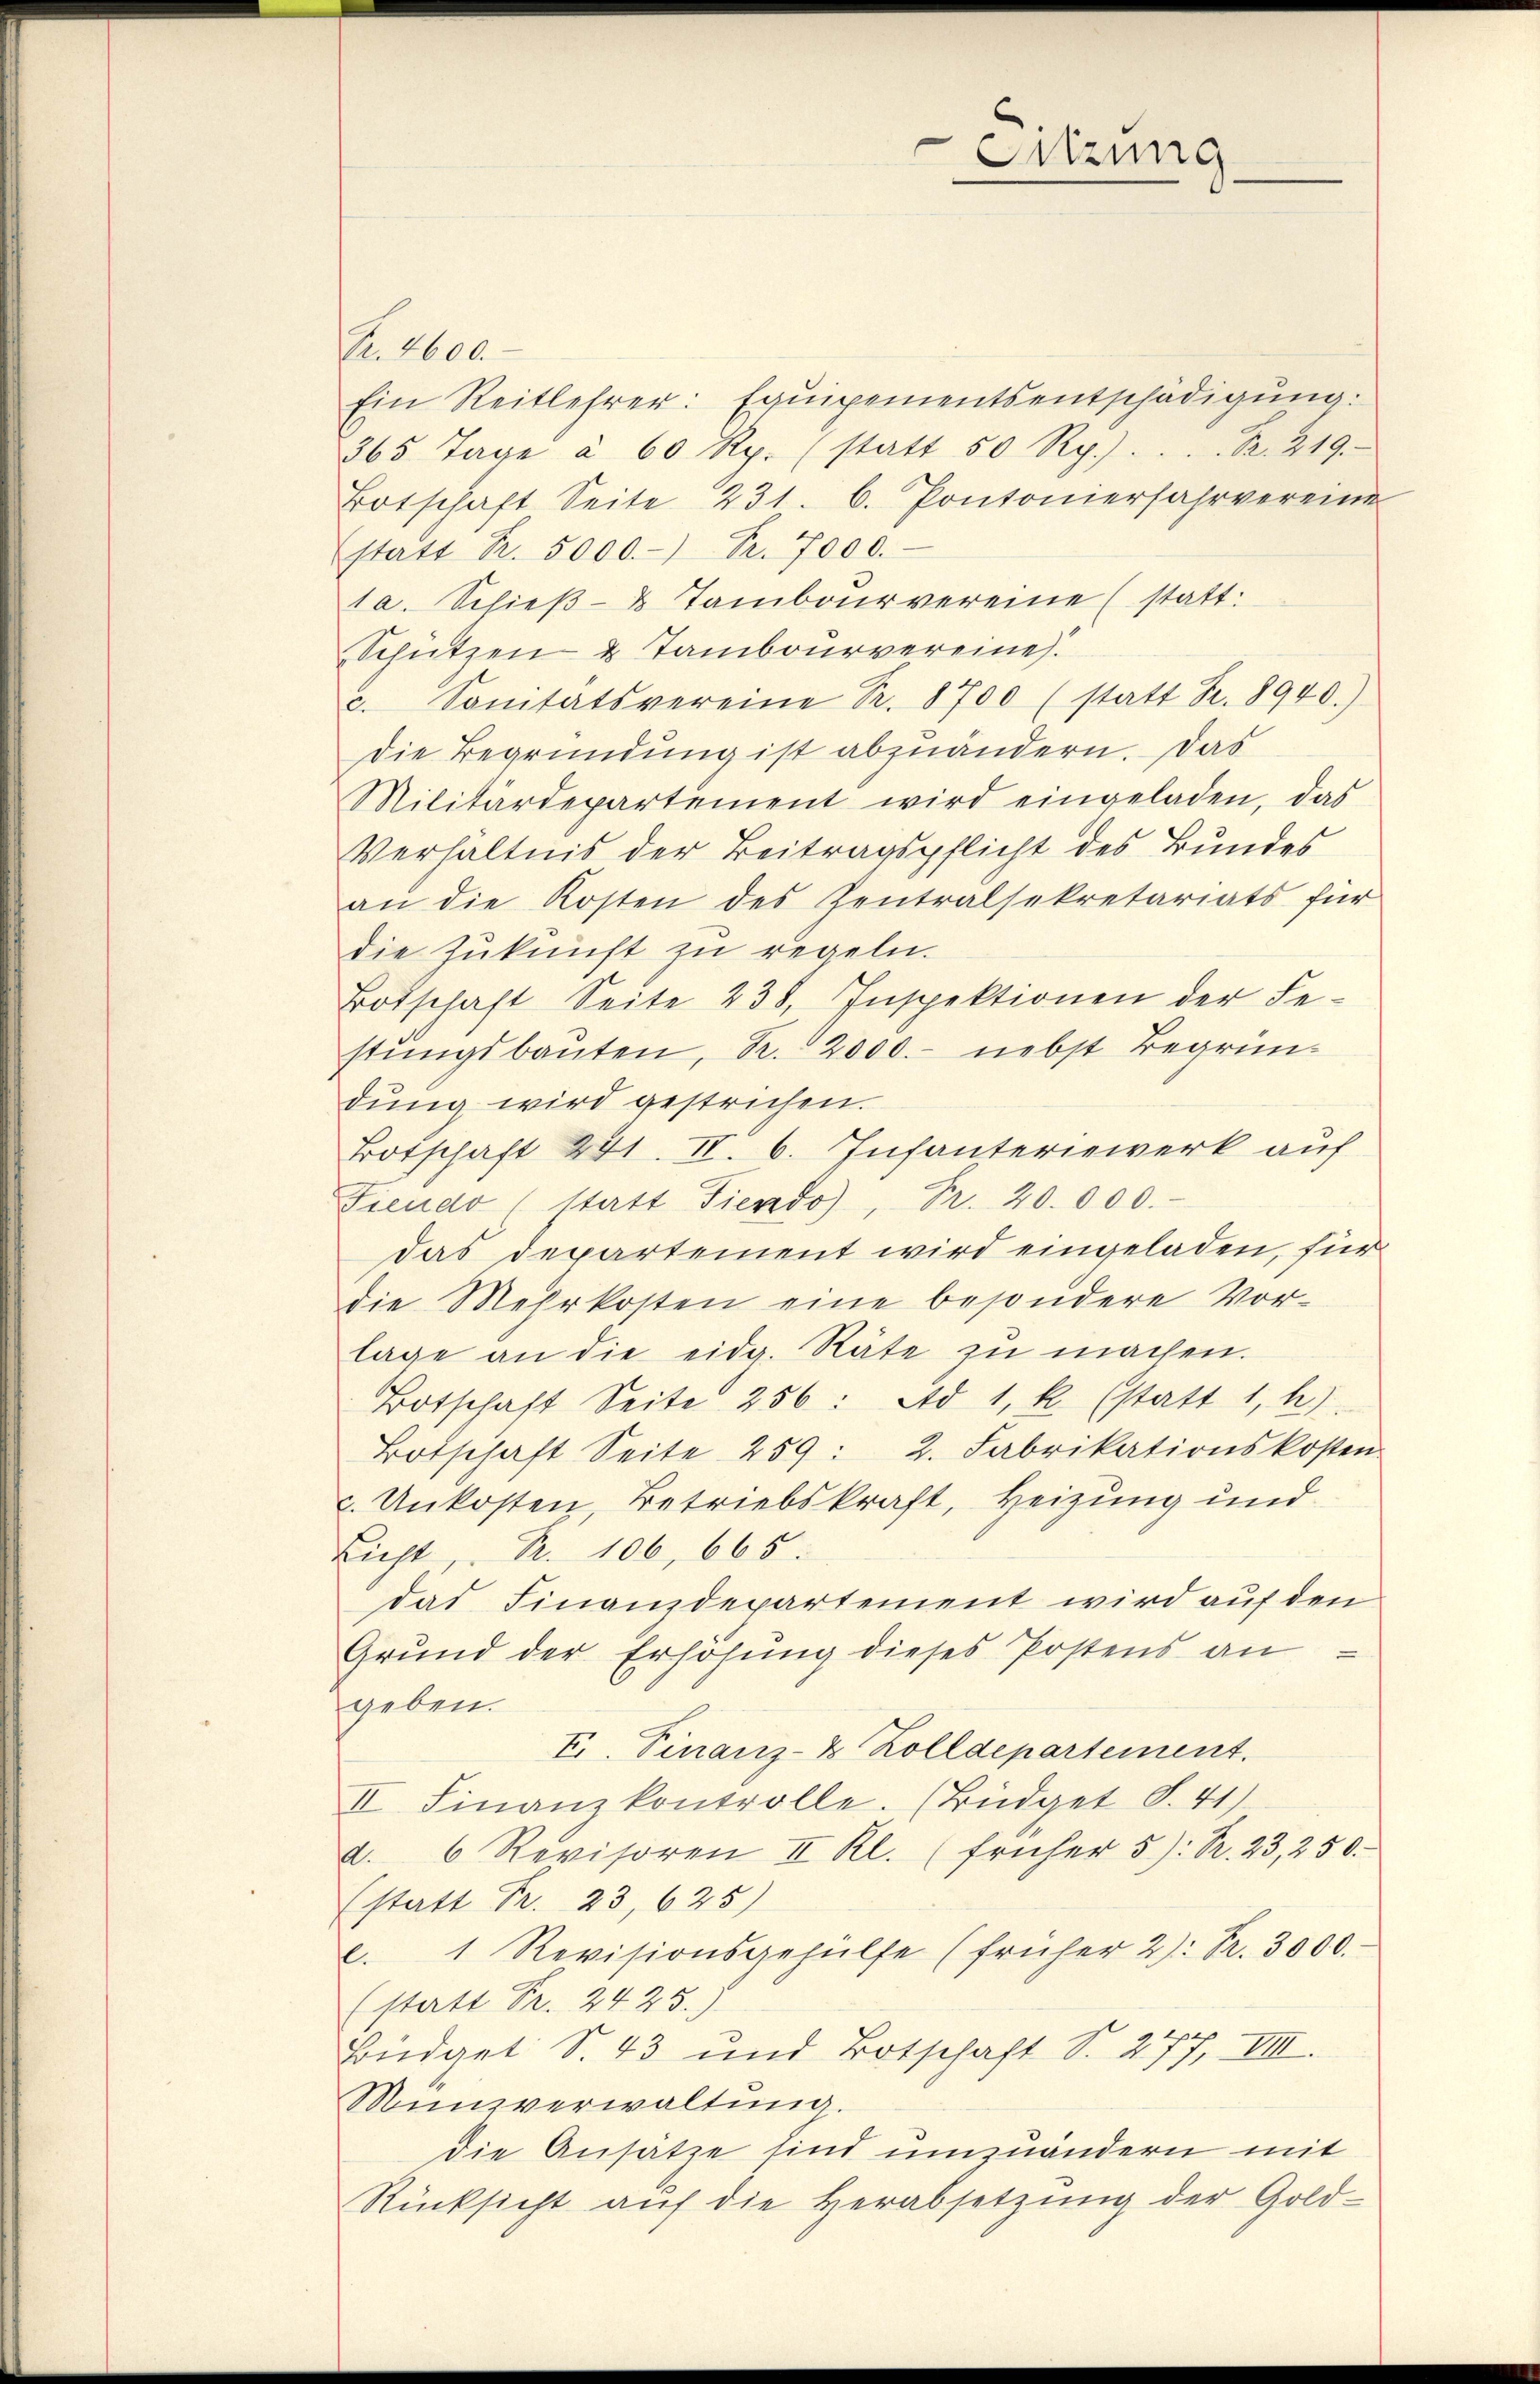
Sitzung

. 2600
Ein Reitlehrer: Equipementsentschädigung:
365 Tage à 60 Rp. (statt 50 Rp.) . . . . Fr. 219.
Botschaft Seite 231. 6. Pontonierfahrvereine
statt Nr. 5000.- Fr. 7000.
1a. Schieß- & Tambourvereine (statt:
Schützen & Tambourvereine.
c. Sanitätsvereine S. 8700 (statt Fr. 8940.)
die Begründung ist abzuändern. Das
Militärdepartement wird eingeladen, das
Verhältnis der Beitragspflicht des Bundes
an die Kosten des Zentralsekretariats für
die Zukunft zu regeln.
Botschaft Seite 238, Inspektionen der Fe-
stŭngsbaŭten, R. 2000.- nebst Begründŭng wird gestrichen.
Botschaft 241. II. 6. Infanteriewerk auf
Fieudo (statt Tiendo), Fr. 20.000.
das Departement wird eingeladen, für
die Mehrkosten eine besondere Vor-
lage an die eidg. Räte zŭ machen.
Botschaft Seite 256: Ad 1. k. (statt 1, h)
Botschaft Seite 259: 2. Fabrikationskosten
c. Unkosten, Betriebskraft, Heizung und
Licht, Pr. 106, 665.
das Finanzdepartement wird auf den
Grŭnd der Erhöhŭng dieses Postens an
geben.
E. Finanz-Z Zolldepartement.
II. Finanzkontrolle. (Büdget S. 41)
d. 6 Revisoren II Kl. (früher 5): Pr. 23, 250.
(statt Fr. 23,625)
l. 1 Revisionsgehülfe (früher 2): Fr. 3000.
(statt Fr. 2425.)
Büdget S. 43 und Botschaft S. 277, VIII.
Münzverwaltung.
die Ansätze sind umzuändern mit
Rücksicht aŭf die Herabsetzŭng der Gold-